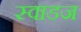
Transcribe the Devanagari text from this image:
स्वाडज